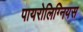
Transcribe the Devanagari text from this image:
पायरोलिग्नियस